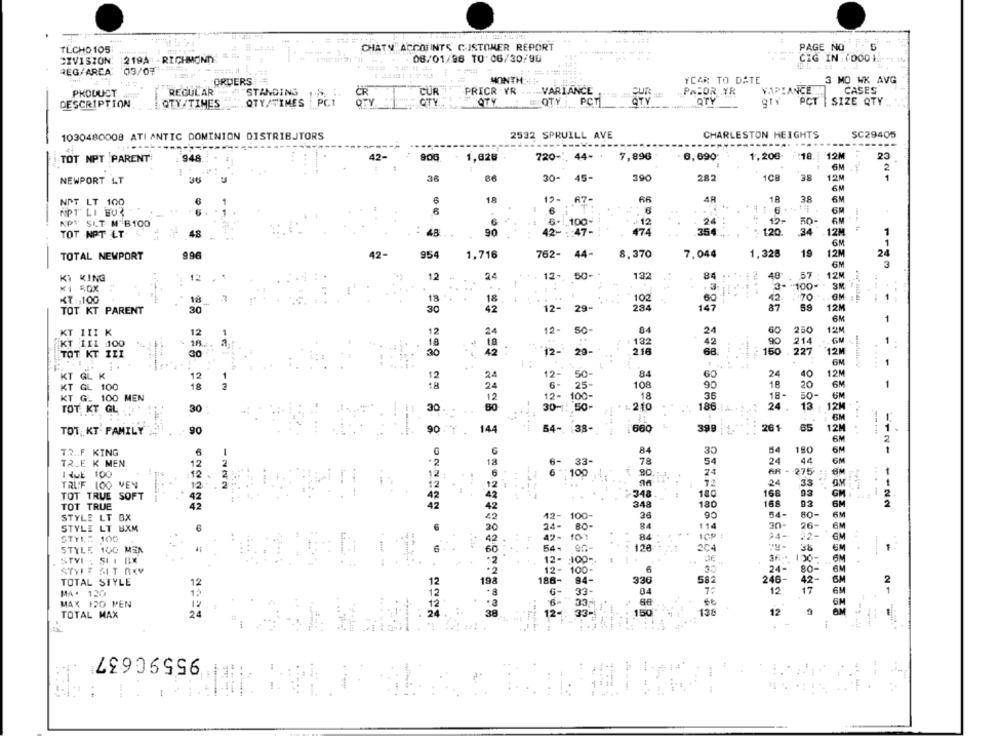
TLCHO 105
CHATY ACCOUNTS CUSTOMER REPORT
PAGE NO
SXVISION: 219A RICHMOND
08/01/96 TO:06/30/90
CIG IN : (000 kr
REG/AREA:
03/07
ORDERS
MONTH
YCAR TO DATE
3 MO WK AVG
CUR"
PRICR . YR
CASES
PRODUCT
REGULAR
"STANDING
VARIANCE
PASOR YR
VAPLANCE
DESCRIPTION
QTV/TIMES
OTYMTIMES
PCT
CITY
OTY
QTY
PCT
QTY
PCT
SIZE QTY
SC29405
1030480008 ATI ANTIC DOMINION DISTRIBUTORS
2532 SPRUILL AVE
CHARLESTON HEIGHTS
--
900
720 -:, 44+ +
7,896
0,090
1,200-
12M
23
TOT NPT PARENT
948
1.628
6M
2
30-
45-
390
282
1CB
38
12M
1
NEWPORT L.T
6M
NIT LT 100
1.
19-
67-
66
AR
18
38
6M
NPT LI EUR
6
6
KPT SLT N'B100
6
6. . 100-
12
24
15-
50
42- :: 47-
34
12M
1
TOT NPT LT
48
90
474
354
120.
6M
12-
762-
44-
1,328
19
TOTAL NEWPORT
996
954
1,716
8.370
7,044
12M
HANNO 8 8 25 865 83 6
6M
3
12- 50-
84 ....
: 2
48-
57 .
12M
KI KING
12
12
24
182
*100-
3M
102
KT :, 100
18
18
1
60
42
1 --
TOT KT PARENT
30
42
12-
29-
234
147
87
59
12M
6M
1
KT 1II K
12
12
12-
so-
12M
132
90
6M
1
KT 111 100
- 18.
18
20-
214
TOT KT III
30
30
42
12-
216
68.
888
12M
6M
1
50-
KT GL K
12
84
24
40
12M
KT GL 100
6
25-
108
18
20
6M
18
18-
6M
KT G. 100 MEN
12-
100
18
35
50-
30
50
186.1.
24
13
12M
TOT, KT GL
30
30-
TOT KT FAMILY
90
144
54-
38-
660
399
261
65
12M
1
90
6M
2
TR .. F KING
84
30
54
190
6M
1
78
54
24
44
6M
TALE K MEN
12
6
33-
IQUE 100
12
2
90
24
AR -- 275-
TRUF 100 VEN
12
24
33
12
TOT TRUE SOFT
---
348
180
168
03
2
TOT TRUE
4,2
348
180
93
=121 -122
54-
80-
STYLE LT BX
42- 100-
26
90
6M
24-
84
114
30-
26-
6M
STYLE LT B.XM
109
24-
22-
STYL: 100
42
84
GM
STYLE 100 MEN
54
120
304
38
6M
..
STVI : SUI BX
12- 100-
36- 100-
6M
STYLE SIT BLY
12.
100
6
24-
80-
6M
336
246-
42-
2
TOTAL STYLE
12
186-
84
MA. 130
12
33-
04
7:
12
17
6M
86
GM
MAX 120 PEN
TOTAL MAX
20
12 -: 33-
12-
33-
150
136
12
1
-
--
95590637
-.
.. .
!